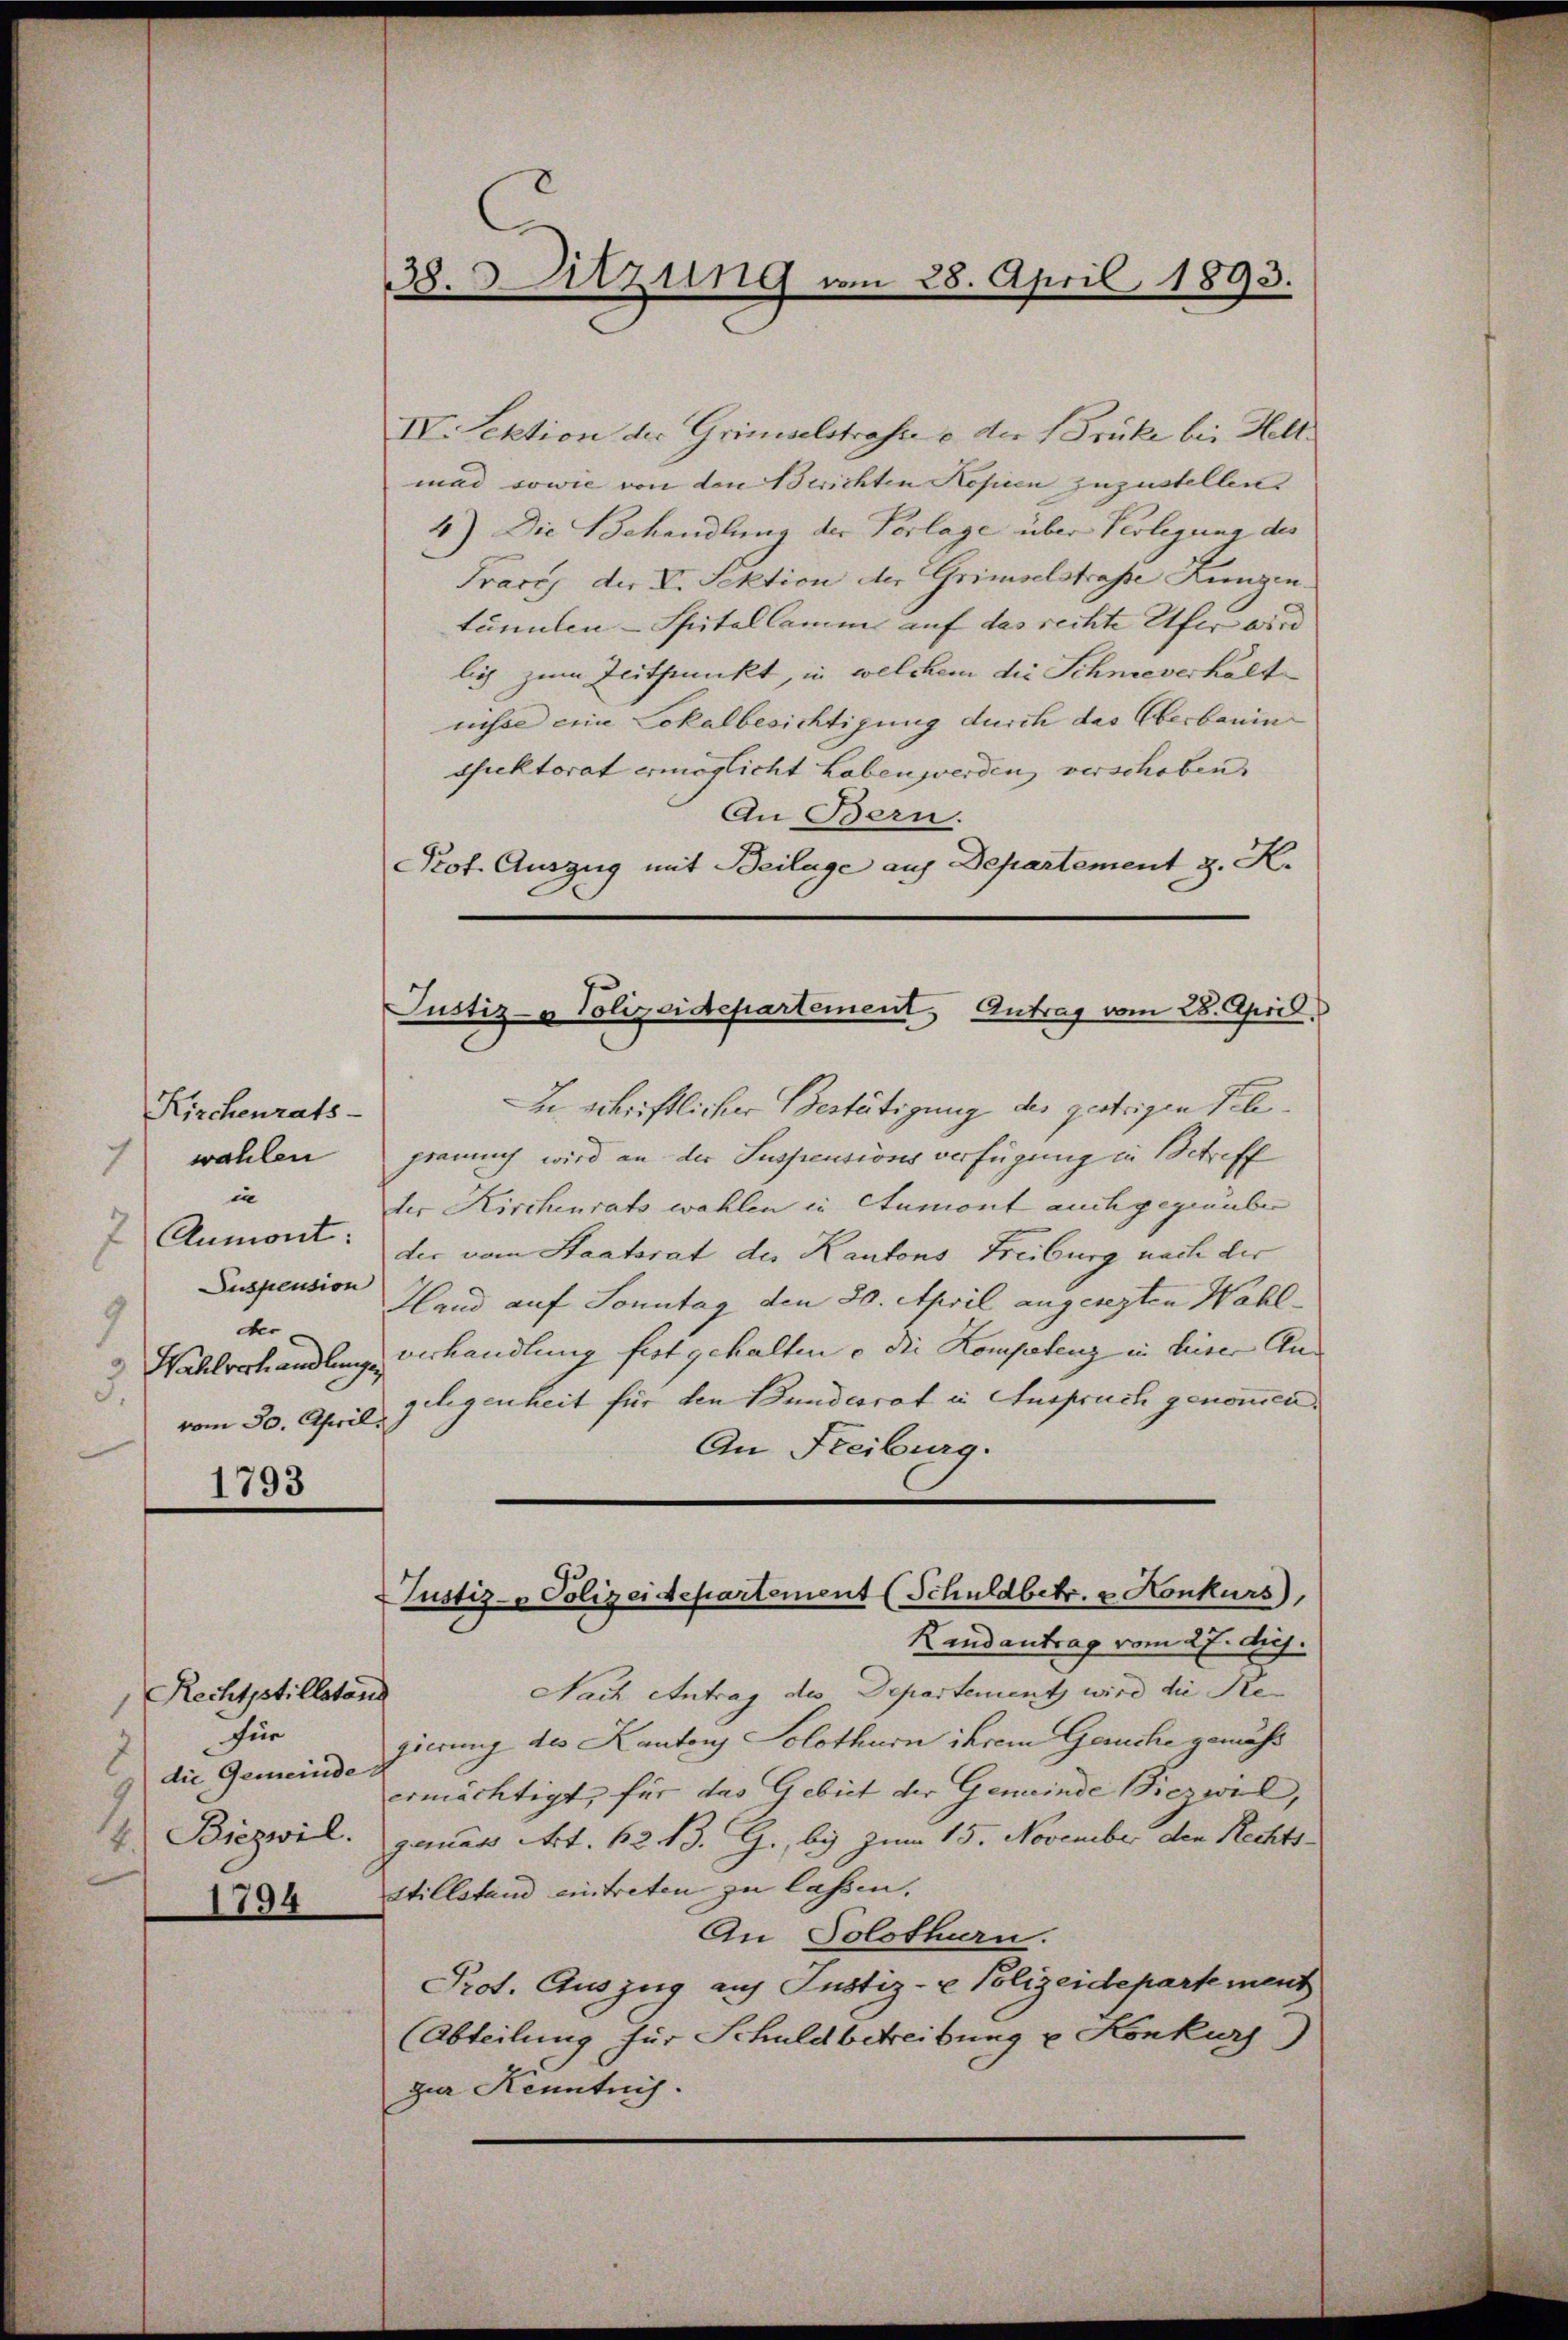
Kirchenrats-
wahlen
in
7 Aumont:
der
9
Wahlverhandlungen,
vom 30. April.

1793

Rechtpstillstand
1
für
die Gemeinde
Biezwil.
1

1794

38. 3. Sitzung am 28. April 1893.

IV. Lektion der Grimselstrafe e der Früke bei Hell
mad sowie von den Berichten Kopien zuzustellen
4) Die Behandlung der Verlage über Verlegung des
Traces der V. Sektion der Grimselstraße Lungen.
tänlen-Spitallamm auf das rechte Ufer wird
lich zum Zeitpunkt, in welchem die Schmeverkalt
nisse eine Lokalbesichtigung durch das Oberbauinspektorat ermöglicht haben werden verschoben.
An Bern.
Prof. Auszug mit Beilage auf Departement z. K.

Justiz- & Polizeidepartement Antrag vom 28. April.

Du schriftlicher Vertätigung des gestrigen Teleprauch wird an der Suspensions verfügung in Betreff
der Kirchenrats wählen in Atumont auch gegenüber
der vom Staatsrat der Kantons Freiburg nach der
Suspension Hand auf Sonntag den 30. April angeregten Wahlverhandlung fest gehalten u die Kompetenz in heiser Angelegenheit für den Bundesrat in Anspruch genommen
An Freiburg.

Nach Antrag des Departementz wird die Pregierung des Kantons Solothurn ihrem Gesuche gemäß
ermächtigt, für das Gebiet der Gemeinde Siczwil,
genau Art. 62. B. G., bis zum 15. November den Rechts-
stillstand eintreten zu lassen.
An Solothurn.
Prot. Auszug auf Justiz- & Polizeidepartement
(Abteilung für Schuldbetreibung u Konkurs)
gur Kenntnis.

Justiz- & Polizeidepartement (Schuldbetr. u. Konkurs,
Kendantrag vom 27. dh.